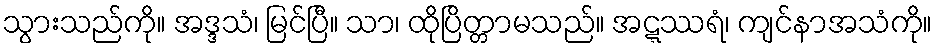
သွားသည်ကို။ အဒ္ဒသံ၊ မြင်ပြီ။ သာ၊ ထိုပြိတ္တာမသည်။ အဋ္ဋဿရံ၊ ကျင်နာအသံကို။